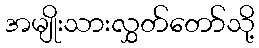
အမျိုးသားလွှတ်တော်သို့